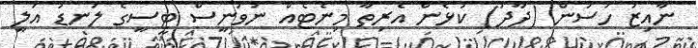
ނާއިޒު ހަސަން (ދާދު) ކުޅެން އެރިތާ މިނެޓެއް ނުވަނީސް ޓީސީގެ ލަނޑު އަލީ